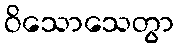
ဝိသောသေတွာ